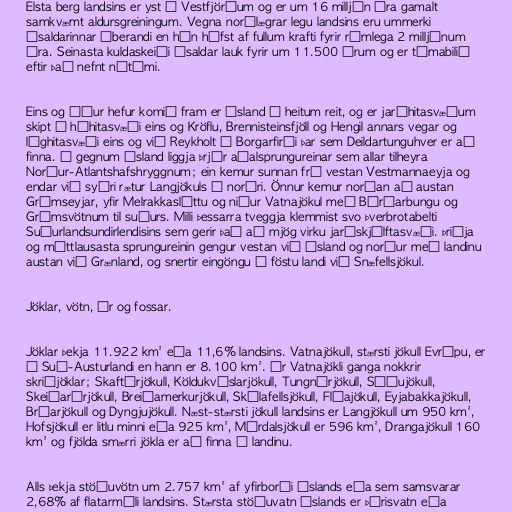
Elsta berg landsins er yst á Vestfjörðum og er um 16 milljón ára gamalt
samkvæmt aldursgreiningum. Vegna norðlægrar legu landsins eru ummerki
ísaldarinnar áberandi en hún hófst af fullum krafti fyrir rúmlega 2 milljónum
ára. Seinasta kuldaskeiði ísaldar lauk fyrir um 11.500 árum og er tímabilið
eftir það nefnt nútími.

Eins og áður hefur komið fram er Ísland á heitum reit, og er jarðhitasvæðum
skipt í háhitasvæði eins og Kröflu, Brennisteinsfjöll og Hengil annars vegar og
lághitasvæði eins og við Reykholt í Borgarfirði þar sem Deildartunguhver er að
finna. Í gegnum Ísland liggja þrjár aðalsprungureinar sem allar tilheyra
Norður-Atlantshafshryggnum; ein kemur sunnan frá vestan Vestmannaeyja og
endar við syðri rætur Langjökuls í norðri. Önnur kemur norðan að austan
Grímseyjar, yfir Melrakkasléttu og niður Vatnajökul með Bárðarbungu og
Grímsvötnum til suðurs. Milli þessarra tveggja klemmist svo þverbrotabelti
Suðurlandsundirlendisins sem gerir það að mjög virku jarðskjálftasvæði. Þriðja
og máttlausasta sprungureinin gengur vestan við Ísland og norður með landinu
austan við Grænland, og snertir eingöngu á föstu landi við Snæfellsjökul.

Jöklar, vötn, ár og fossar.

Jöklar þekja 11.922 km² eða 11,6% landsins. Vatnajökull, stærsti jökull Evrópu, er
á Suð-Austurlandi en hann er 8.100 km². Úr Vatnajökli ganga nokkrir
skriðjöklar; Skaftárjökull, Köldukvíslarjökull, Tungnárjökull, Síðujökull,
Skeiðarárjökull, Breiðamerkurjökull, Skálafellsjökull, Fláajökull, Eyjabakkajökull,
Brúarjökull og Dyngjujökull. Næst-stærsti jökull landsins er Langjökull um 950 km²,
Hofsjökull er litlu minni eða 925 km², Mýrdalsjökull er 596 km², Drangajökull 160
km² og fjölda smærri jökla er að finna á landinu.

Alls þekja stöðuvötn um 2.757 km² af yfirborði Íslands eða sem samsvarar
2,68% af flatarmáli landsins. Stærsta stöðuvatn Íslands er Þórisvatn eða